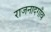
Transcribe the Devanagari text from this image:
राजनादगाँव